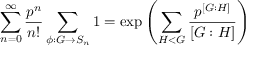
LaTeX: \sum _ { n = 0 } ^ { \infty } \frac { p ^ { n } } { n ! } \sum _ { \phi : G \rightarrow S _ { n } } 1 = \exp \left( \sum _ { H < G } \frac { p ^ { \left[ G : H \right] } } { \left[ G : H \right] } \right)